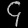
Digit: ၄